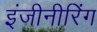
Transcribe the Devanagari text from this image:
इंजीनीरिंग